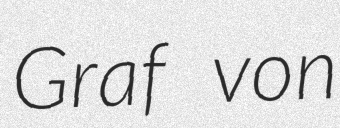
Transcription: Graf von